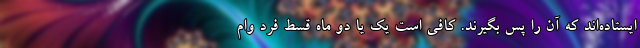
ایستاده‌اند که آن را پس بگیرند. کافی است یک یا دو ماه قسط فرد وام